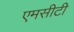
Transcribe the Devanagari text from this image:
एमसीटी